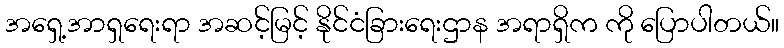
အရှေ့အာရှရေးရာ အဆင့်မြင့် နိုင်ငံခြားရေးဌာန အရာရှိက ကို ပြောပါတယ်။